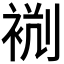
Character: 𧙮